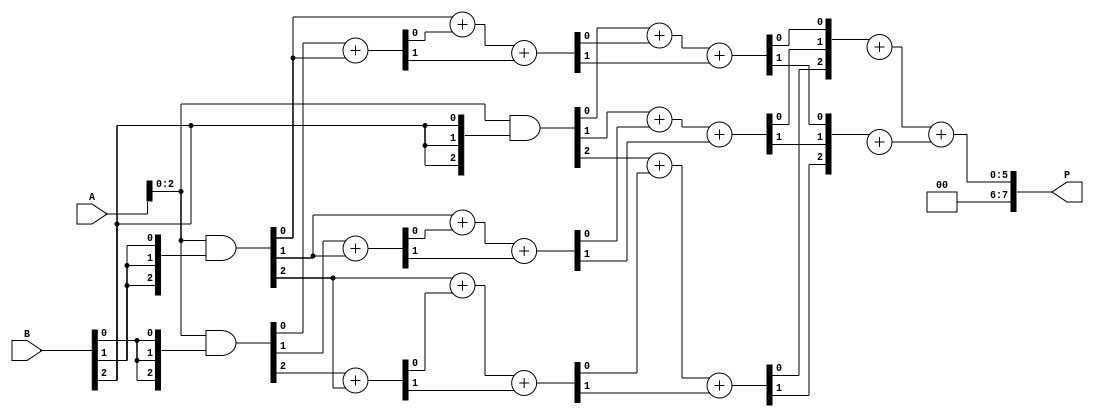
module WallaceTreeMultiplier #(parameter n = 4) (
    input [n-1:0] A,
    input [n-1:0] B,
    output reg [2*n-1:0] P
);

    // Partial products
    wire [n-1:0] pp [0:n-1]; // Partial products array

    // Generate partial products
    genvar i, j;
    generate
        for (i = 0; i < n; i = i + 1) begin : gen_pp
            assign pp[i] = A & {n{B[i]}};
        end
    endgenerate

    // Intermediate wires for Wallace tree reduction
    wire [n-1:0] sum [0:n-1];
    wire [n-1:0] carry [0:n-1];

    // Stage 1: Combine the first two rows of partial products
    generate
        for (i = 0; i < n-1; i = i + 1) begin : stage1
            if (i < n-1) begin
                // Half adder for first two bits
                assign {carry[0][i], sum[0][i]} = pp[0][i] + pp[1][i];
            end
        end
    endgenerate

    // Further stages of reduction
    genvar stage;
    for (stage = 1; stage < n-1; stage = stage + 1) begin : reduction_stages
        for (i = 0; i < n-1; i = i + 1) begin : stage_combination
            if (i < n-1) begin
                // Full adder for three inputs
                assign {carry[stage][i], sum[stage][i]} = pp[stage][i] + sum[stage-1][i] + carry[stage-1][i];
            end
        end
    end

    // Final addition of the last two rows
    wire [2*n-1:0] final_sum;
    wire [2*n-1:0] final_carry;

    assign final_sum = sum[n-2] + sum[n-1];
    assign final_carry = carry[n-2] + carry[n-1];

    always @(*) begin
        P = final_sum + final_carry; // Final product
    end

endmodule